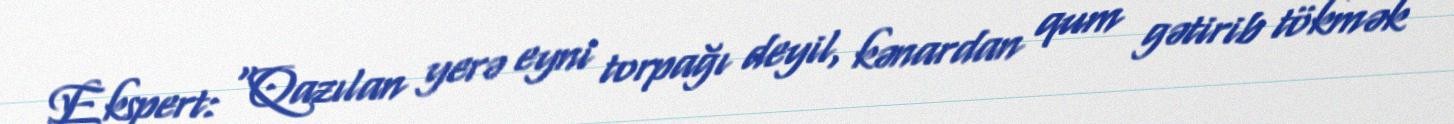
Ekspert: “Qazılan yerə eyni torpağı deyil, kənardan qum gətirib tökmək